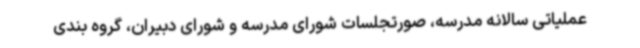
عملیاتی سالانه مدرسه، صورتجلسات شورای مدرسه و شورای دبیران، گروه بندی